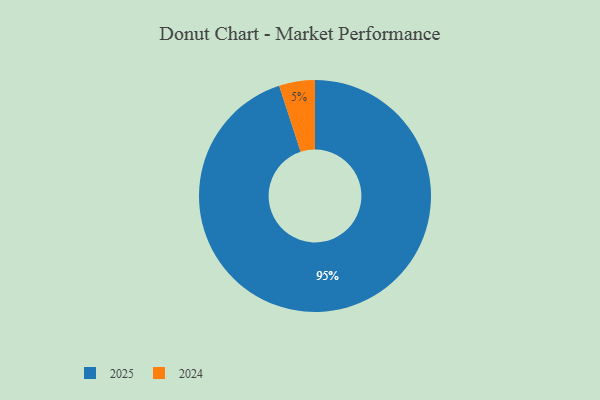
{"axis": {"x": "Category", "y": "Percentage"}, "legend": ["2024", "2025"], "data": [{"x": "2025", "y": 95, "type": "2025"}, {"x": "2024", "y": 5, "type": "2024"}]}